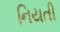
નિયતી